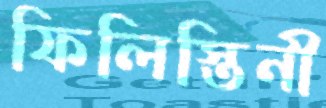
ফিলিস্তিনী